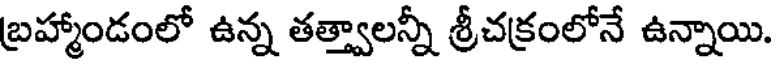
బ్రహ్మాండంలో ఉన్న తత్త్వాలన్నీ శ్రీచక్రంలోనే ఉన్నాయి.